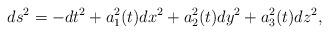
LaTeX: \begin{align*}ds^2 = -dt^2 + a_1^2(t) dx^2 + a_2^2(t) dy^2 + a_3^2(t) dz^2,\end{align*}